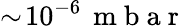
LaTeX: \sim\! 10^{-6}\, \mathrm{~m~b~a~r~}